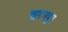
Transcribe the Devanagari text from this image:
ऋषभपुत्र